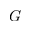
G